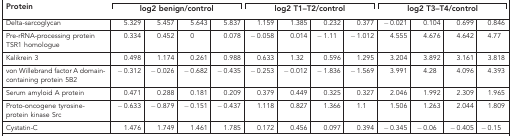
| Protein | <COLSPAN=4> log2 benign/control | <COLSPAN=4> log2 T1–T2/control | <COLSPAN=4> log2 T3–T4/control |
 | --- | --- | --- | --- | --- | --- | --- | --- | --- | --- | --- | --- | --- |
 | Delta-sarcoglycan | 5.329 | 5.457 | 5.643 | 5.837 | 1.159 | 1.385 | 0.232 | 0.377 | −0.021 | 0.104 | 0.699 | 0.846 |
 | Pre-rRNA-processing protein TSR1 homologue | 0.334 | 0.452 | 0 | 0.078 | −0.058 | 0.014 | −1.11 | −1.012 | 4.555 | 4.676 | 4.642 | 4.77 |
 | Kalikrein 3 | 0.498 | 1.174 | 0.261 | 0.988 | 0.633 | 1.32 | 0.596 | 1.295 | 3.204 | 3.892 | 3.161 | 3.818 |
 | von Willebrand factor A domain-containing protein 5B2 | −0.312 | −0.026 | −0.682 | −0.435 | −0.253 | −0.012 | −1.836 | −1.569 | 3.991 | 4.28 | 4.096 | 4.393 |
 | Serum amyloid A protein | 0.471 | 0.288 | 0.181 | 0.209 | 0.379 | 0.449 | 0.325 | 0.327 | 2.046 | 1.992 | 2.309 | 1.965 |
 | Proto-oncogene tyrosine-protein kinase Src | −0.633 | −0.879 | −0.151 | −0.437 | 1.118 | 0.827 | 1.366 | 1.1 | 1.506 | 1.263 | 2.044 | 1.809 |
 | Cystatin-C | 1.476 | 1.749 | 1.461 | 1.785 | 0.172 | 0.456 | 0.097 | 0.394 | −0.345 | −0.06 | −0.405 | −0.15 |